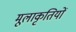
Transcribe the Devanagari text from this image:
मूलाकृतियों